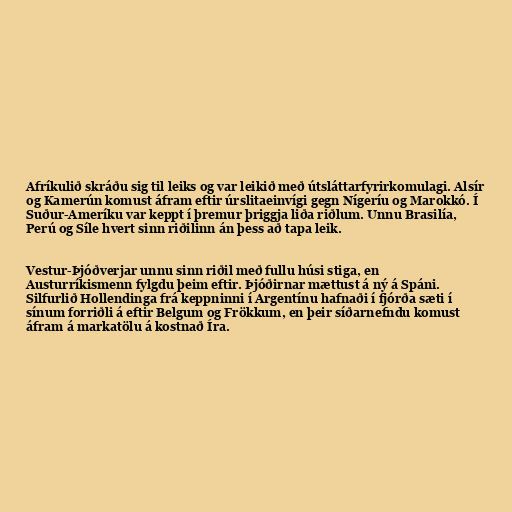
Afríkulið skráðu sig til leiks og var leikið með útsláttarfyrirkomulagi. Alsír
og Kamerún komust áfram eftir úrslitaeinvígi gegn Nígeríu og Marokkó. Í
Suður-Ameríku var keppt í þremur þriggja liða riðlum. Unnu Brasilía,
Perú og Síle hvert sinn riðilinn án þess að tapa leik.

Vestur-Þjóðverjar unnu sinn riðil með fullu húsi stiga, en
Austurríkismenn fylgdu þeim eftir. Þjóðirnar mættust á ný á Spáni.
Silfurlið Hollendinga frá keppninni í Argentínu hafnaði í fjórða sæti í
sínum forriðli á eftir Belgum og Frökkum, en þeir síðarnefndu komust
áfram á markatölu á kostnað Íra.